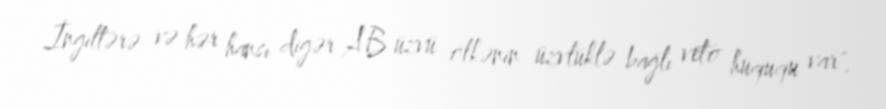
İngiltərə və hər hansı digər AB üzvü ölkənin üzvlüklə bağlı veto hüququ var".